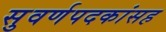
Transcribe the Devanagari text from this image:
सुवर्णपदकांसह